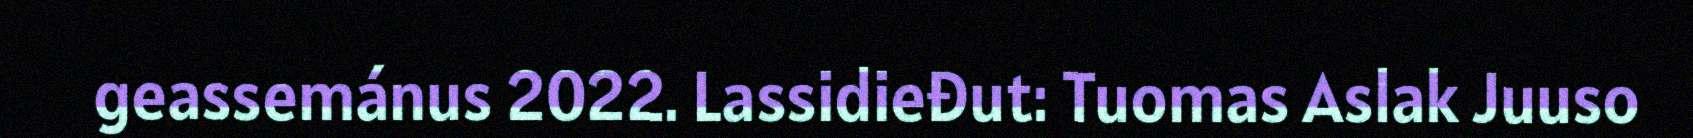
geassemánus 2022. Lassidieđut: Tuomas Aslak Juuso